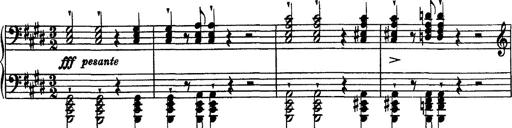
Title: Piano Sonata
Composer: Karl HÃ¤ssler
Key: C major